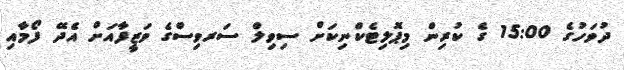
ދުވަހުގެ 15:00 ގެ ކުރިން މިޕޮލިޓެކްނިކަށް ސިވިލް ސަރވިސްގެ ވަޒީފާއަށް އެދޭ ފޯމާއި